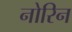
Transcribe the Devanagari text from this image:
नोरिन